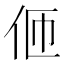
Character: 𠇽